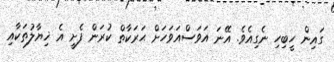
ގައިން ހީބިހި ނެގިއެވެ. އޭނަ އަވަސްއަވަހަށް ޙަރަކާތް ކުރަން ފެށީ އެ ޚިޔާލުތަކާއި